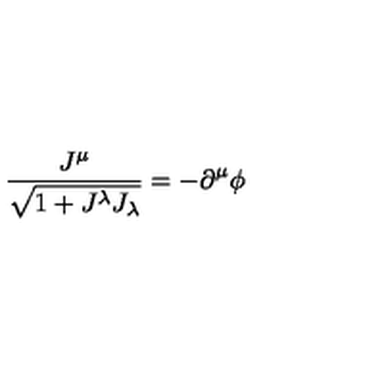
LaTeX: \frac { J ^ { \mu } } { \sqrt { 1 + J ^ { \lambda } J _ { \lambda } } } = - \partial ^ { \mu } \phi